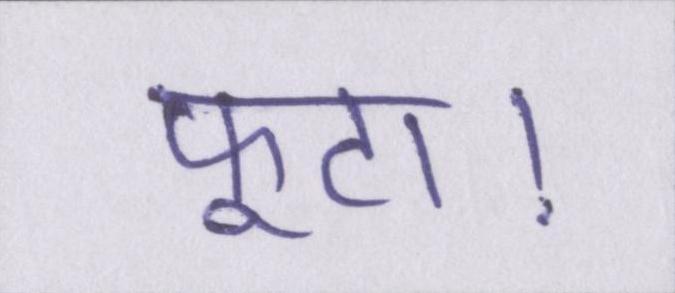
फूटा।